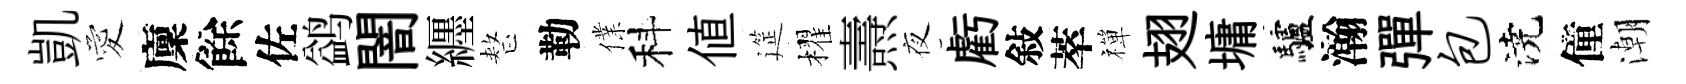
凱愛廩餘佐鹢闇纒整勒㒒科値筵櫂燾夜虧敍萃禪翅墉驢瀚彈包澆僮潮